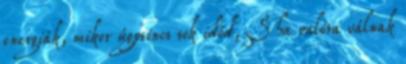
energiák, mikor úgysincs sok időd, S ha valóra válnak